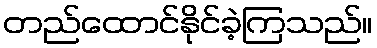
တည်ထောင်နိုင်ခဲ့ကြသည်။